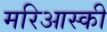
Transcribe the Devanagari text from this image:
मरिआस्की